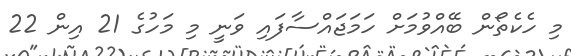
މި ހެކެތޯން ބޭއްވުމަށް ހަމަޖައްސާފައި ވަނީ މި މަހުގެ 21 އިން 22